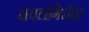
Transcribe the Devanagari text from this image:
धवलगिरीचा